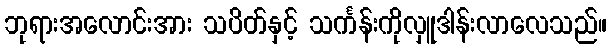
ဘုရားအလောင်းအား သပိတ်နှင့် သင်္ကန်းကိုလှူဒါန်းလာလေသည်။